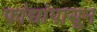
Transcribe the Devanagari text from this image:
फांद्यांपासून